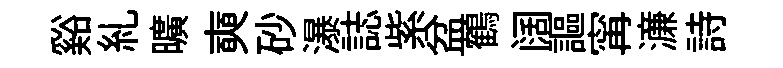
谿糺曠奭砂瀑誌紫盆鶴阔謳𡩋濓詩